Leaving Certificate, 1899
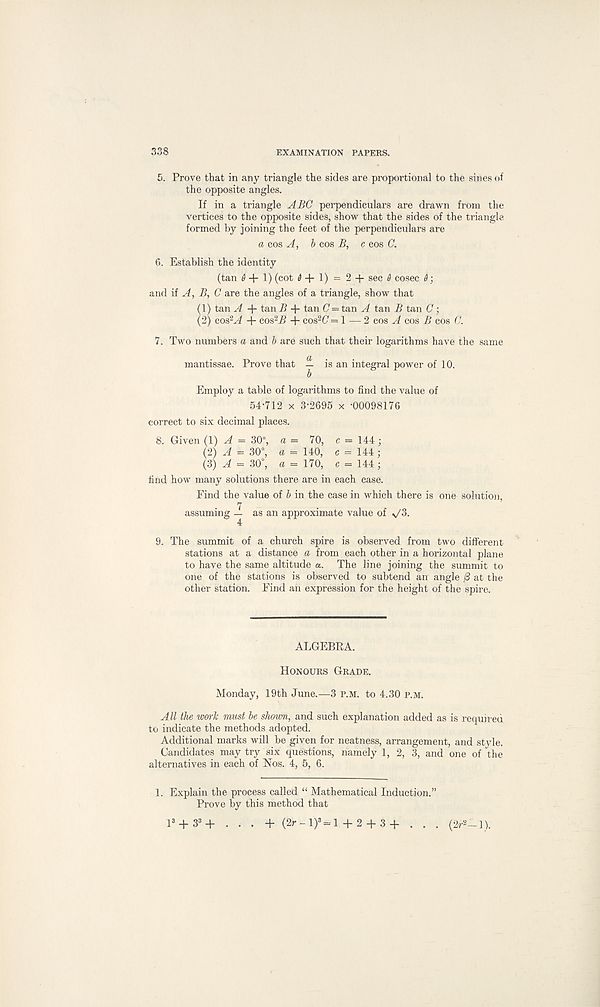
338
EXAMINATION PAPERS.
5. Prove that in any triangle the sides are proportional to the sines of
the opposite angles.
If in a triangle ABC perpendiculars are drawn from the
vertices to the opposite sides, show that the sides of the triangle
formed by joining the feet of the perpendiculars are
a cos A, b cos B, c cos C.
6. Establish the identity
(tan 0+1) (cot 0 + 1) = 2 + sec 0 cosec 0;
and ii A, B, C are the angles of a triangle, show that
(1) tan A + tan B + tan C = tan A tan B tan C;
(2) cos 2 A + cos 2 i> + cos 2 C =1 — 2 cos A cos B cos C.
7. Two numbers a and b are such that their logarithms have the same
mantissae. Prove that ^ is an integral power of 10.
Employ a table of logarithms to find the value of
54-712 x 3-2695 x -00098176
correct to six decimal places.
8. Given (1) A = 30% a= 70, c = 144 ;
(2) A = 30°, a = 140, c = 144 ;
(3) A = 30°, a = 170, c = 144 ;
find how many solutions there are in each case.
Find the value of b in the case in which there is one solution,
7
assuming — as an approximate value of v/3.
4
9. The summit of a church spire is observed from two different
stations at a distance a from each other in a horizontal plane
to have the same altitude a. The line joining the summit to
one of the stations is observed to subtend an angle /3 at the
other station. Find an expression for the height of the spire.
ALGEBRA.
Honours Grade.
Monday, 19th June.—3 p.m. to 4.30 P.M.
All the work must be shown, and such explanation added as is required
to indicate the methods adopted.
Additional marks will be given for neatness, arrangement, and style.
Candidates may try six questions, namely 1, 2, 3, and one of the
alternatives in each of Nos. 4, 5, 6.
1. Explain the process called “ Mathematical Induction.”
Prove by this method that
l 3 + 3 3 + . . . + (2r-l) 3 =l+2 + 3+ . . . (2r 2 -l).